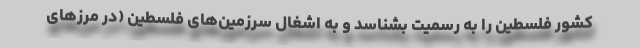
کشور فلسطین را به رسمیت بشناسد و به اشغال سرزمین‌های فلسطین (در مرزهای